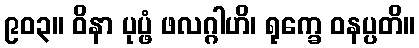
၉၀၃။ ဝိနာ ပုပ္ဖံ ဖလဂ္ဂါဟိ၊ ရုက္ခေ ဝနပ္ပတိ။